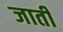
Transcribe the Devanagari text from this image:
जार्ती